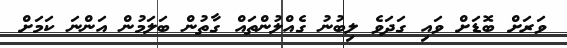
ވަރަށް ބޮޑަށް ވައި ގަދަވެ ލިބުނު ގެއްލުންތައް ގާތުން ބަލަމުން އަންނަ ކަމަށް